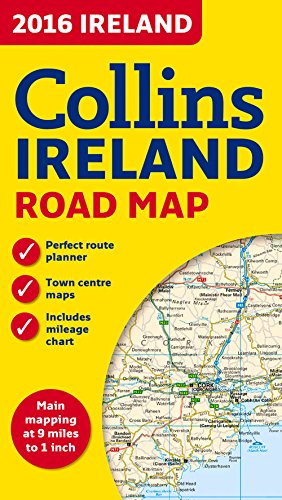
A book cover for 2016 Collins Ireland Road Map; Collins Maps; Travel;